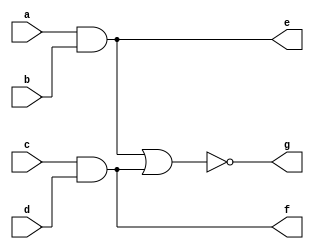
`timescale 1ns / 1ps

module four_input_aoi_gate_a(
    input a,b,c,d, output e,f,g
    );
    assign e = a&b;
    assign f = c&d;
    assign g = ~(e|f);
endmodule